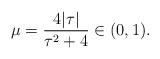
LaTeX: \begin{align*}\mu=\dfrac{4|\tau|}{\tau^2+4}\in (0,1).\end{align*}